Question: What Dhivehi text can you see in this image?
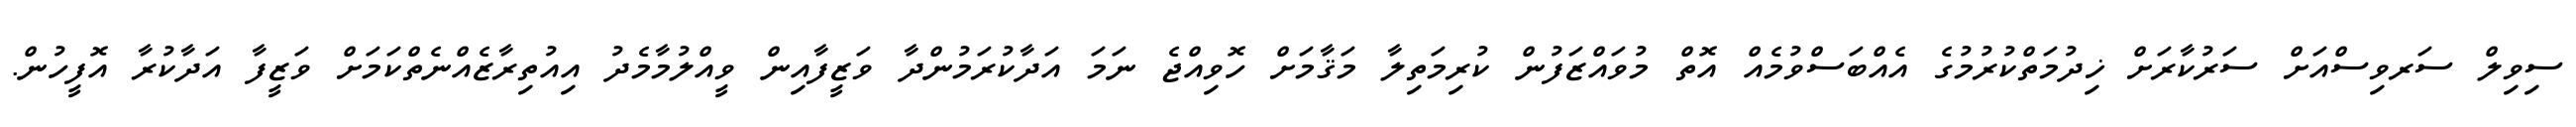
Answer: ސިވިލް ސަރވިސްއަށް ސަރުކާރަށް ޚިދުމަތްކުރުމުގެ އެއްބަސްވުމެއް އޮތް މުވައްޒަފުން ކުރިމަތިލާ މަޤާމަށް ހޮވިއްޖެ ނަމަ އަދާކުރަމުންދާ ވަޒީފާއިން ވީއްލުމާމެދު އިއުތިރާޒެއްނެތްކަމަށް ވަޒީފާ އަދާކުރާ އޮފީހުން.